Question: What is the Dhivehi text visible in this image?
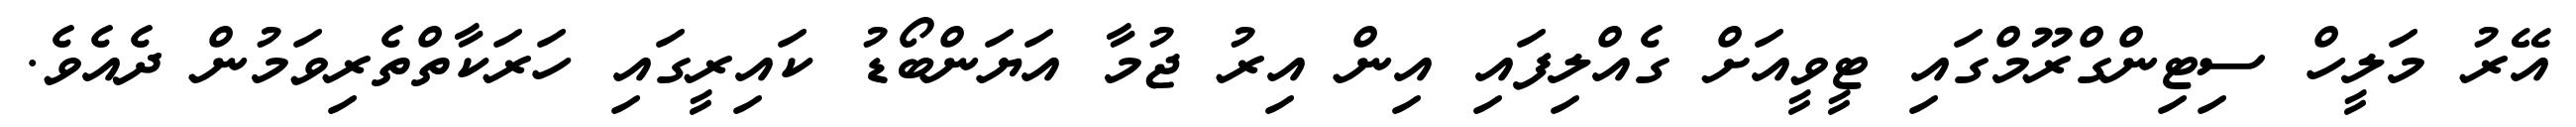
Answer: އޭރު މަލީހް ސިޓިންގްރޫމްގައި ޓީވީއަށް ގެއްލިފައި އިން އިރު ޖުމާ އަޔަންބޯޑު ކައިރީގައި ހަރަކާތްތެރިވަމުން ދެއެވެ.